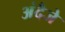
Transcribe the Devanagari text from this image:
अंदैजे